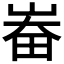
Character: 𱰳